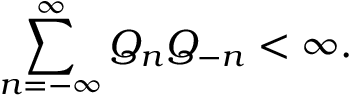
\sum _ { n = - \infty } ^ { \infty } Q _ { n } Q _ { - n } < \infty .